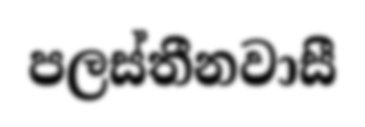
පලස්තීනවාසී